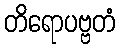
တိရောပဗ္ဗတံ